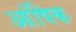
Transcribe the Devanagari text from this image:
आंषिक